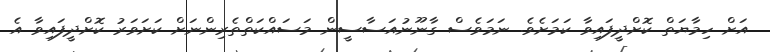
އަށް ހިމާޔަތް ކޮށްދީފައިވާ ކަމަށެވެ. ނަމަވެސް ގާނޫނުއަސާސީން މަސައްކަތްތެރިންނަށް ކަށަވަރު ކޮށްދީފައިވާ އެ